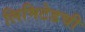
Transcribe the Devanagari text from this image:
लिमिटेडची